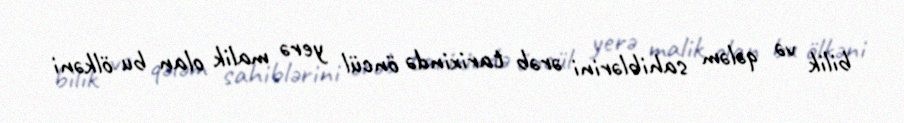
bilik və qələm sahiblərini ərəb tarixində öncül yerə malik olan bu ölkəni